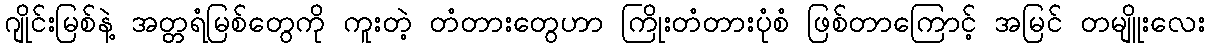
ဂျိုင်းမြစ်နဲ့ အတ္တရံမြစ်တွေကို ကူးတဲ့ တံတားတွေဟာ ကြိုးတံတားပုံစံ ဖြစ်တာကြောင့် အမြင် တမျိူးလေး